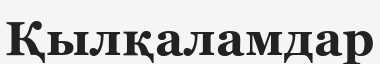
Қылқаламдар